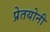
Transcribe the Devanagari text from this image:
प्रेतयोनी